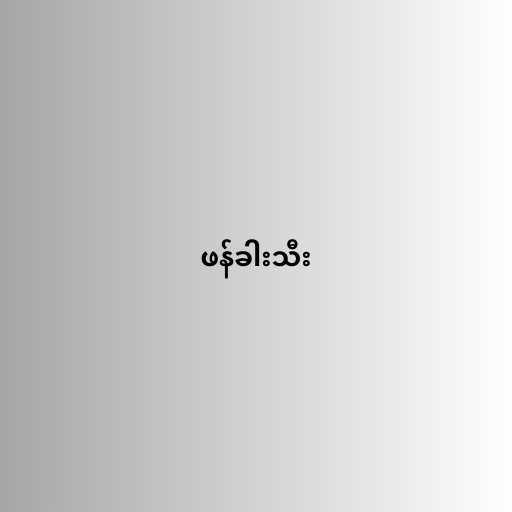
ဖန်ခါးသီး